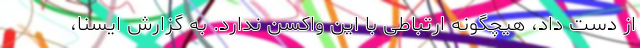
از دست داد، هیچگونه ارتباطی با این واکسن ندارد. به گزارش ایسنا،‌